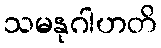
သမနုဂါဟတိ